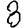
Digit: 8